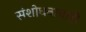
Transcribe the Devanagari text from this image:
संशोधनाचाही